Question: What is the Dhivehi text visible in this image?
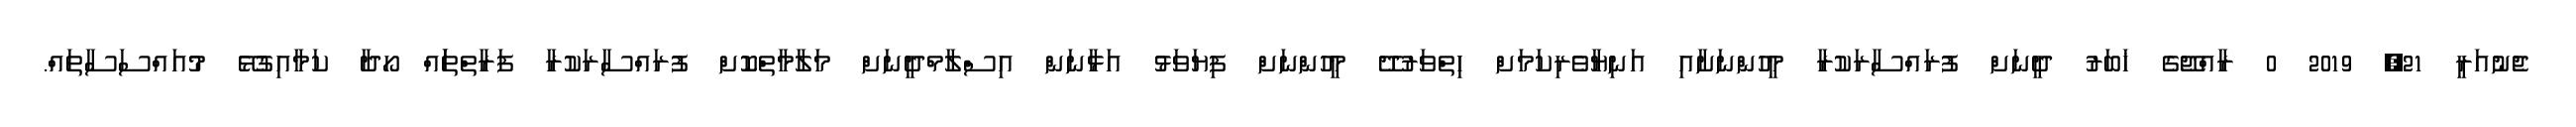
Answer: ޖެނުއަރީ 21, 2019 0 ރާއްޖޭގެ ޚަބަރު ދީނަށް ފުރައްސާރަކުރާ މީހުންނަށާއި އަނިޔާވެރިކަމަށް ހިތްވަރުދޭ މީހުންނަށް ފިޔަވަޅު އަޅާނަން އިސްލާމްދީނަށް މަލާމާތްކޮށް ފުރައްސާރަކުރާ ފަރާތްތަައް ހޯދާ ކަމާއިގުޅޭ މުއައްސަސާތައް.